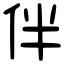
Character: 伴